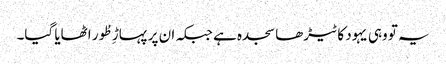
یہ تو وہی یہود کا ٹیڑھا سجدہ ہے جبکہ ان پر پہاڑِ طُور اٹھایا گیا۔